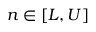
n \in [ L , U ]